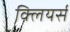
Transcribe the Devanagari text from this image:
क्लियर्स